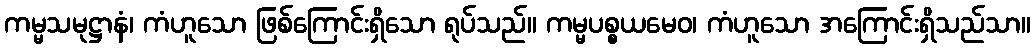
ကမ္မသမုဋ္ဌာနံ၊ ကံဟူသော ဖြစ်ကြောင်းရှိသော ရုပ်သည်။ ကမ္မပစ္စယမေဝ၊ ကံဟူသော အကြောင်းရှိသည်သာ။